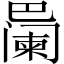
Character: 𪩱